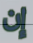
إن